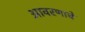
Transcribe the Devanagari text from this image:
आवरणाचे